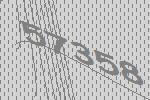
57358